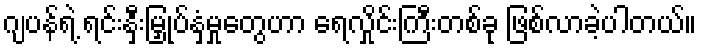
ဂျပန်ရဲ့ ရင်းနှီးမြှုပ်နှံမှုတွေဟာ ရေလှိုင်းကြီးတစ်ခု ဖြစ်လာခဲ့ပါတယ်။